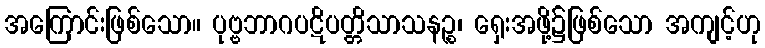
အကြောင်းဖြစ်သော။ ပုဗ္ဗဘာဂပဋိပတ္တိသာသနဉ္စ၊ ရှေးအဖို့၌ဖြစ်သော အကျင့်ဟု